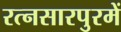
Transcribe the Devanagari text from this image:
रत्नसारपुरमें